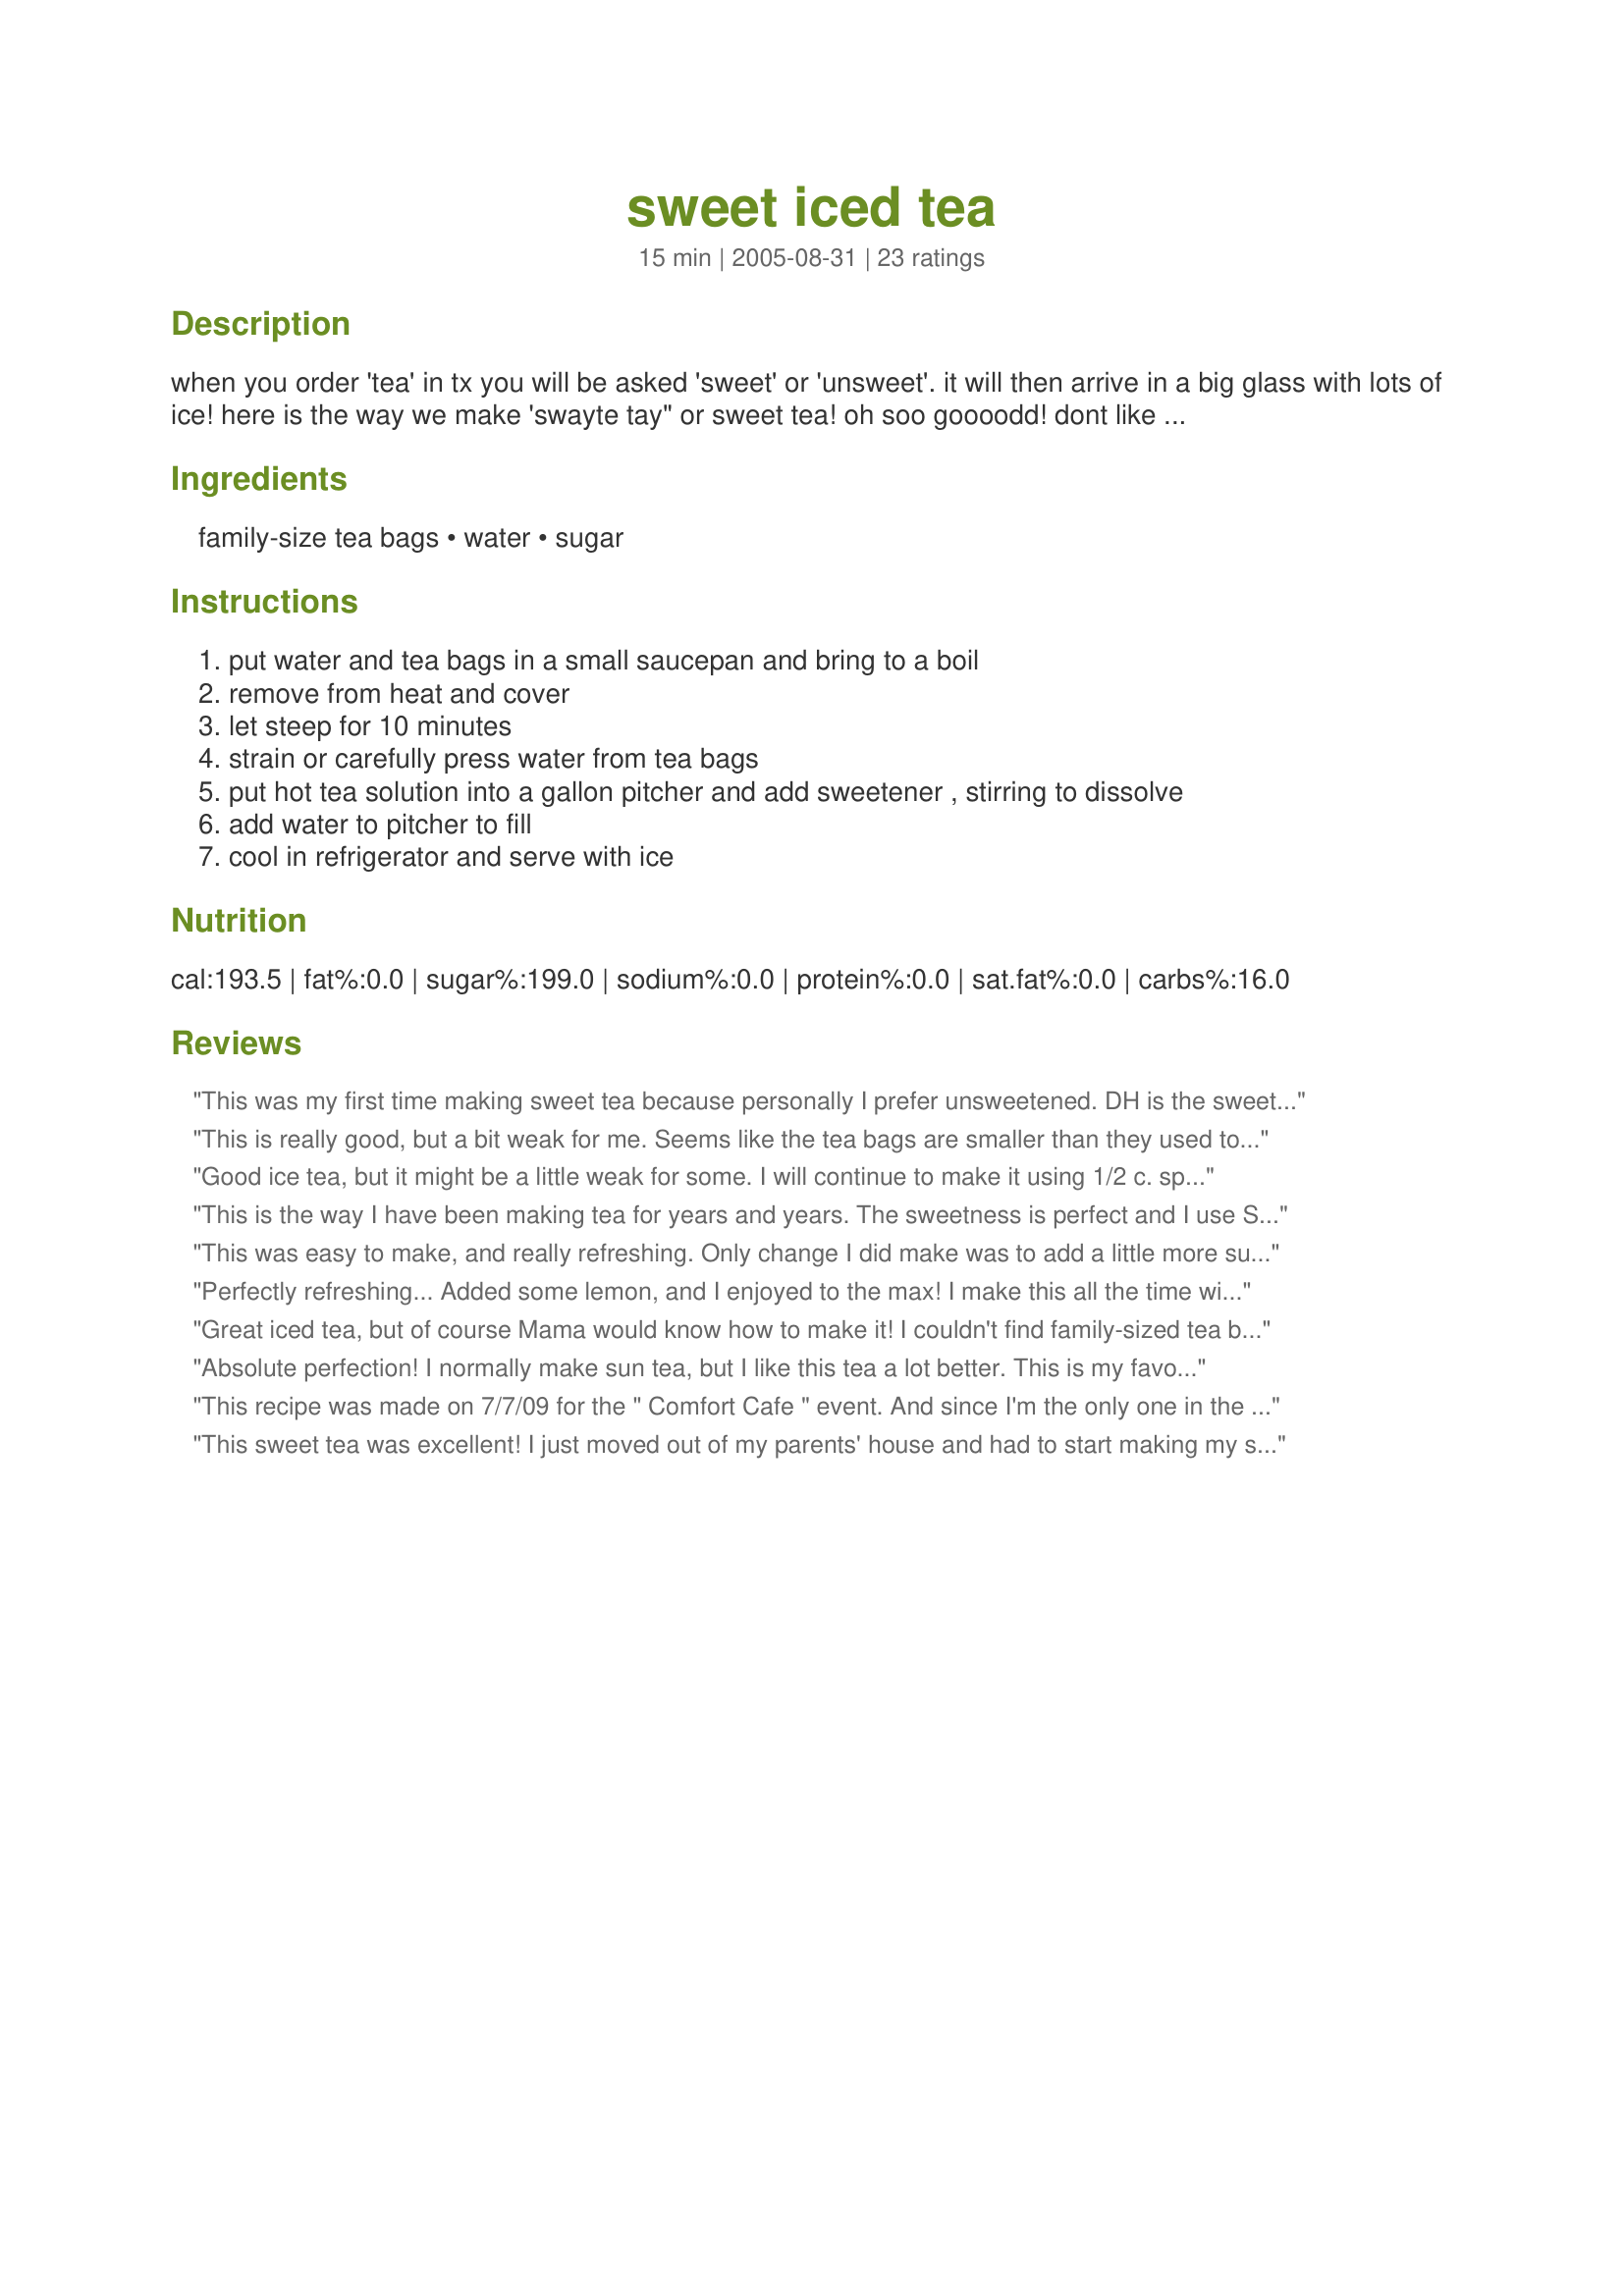
sweet iced tea
Preparation time: 15 minutes

when you order 'tea' in tx you will be asked 'sweet' or 'unsweet'. it will then arrive in a big glass with lots of ice! here is the way we make 'swayte tay" or sweet tea! oh soo goooodd! dont like it sweet- just leave out the sugar- or splenda.

Ingredients:
family-size tea bags, water, sugar

Steps:
put water and tea bags in a small saucepan and bring to a boil
remove from heat and cover
let steep for 10 minutes
strain or carefully press water from tea bags
put hot tea solution into a gallon pitcher and add sweetener , stirring to dissolve
add water to pitcher to fill
cool in refrigerator and serve with ice

Reviews:
This was my first time making sweet tea because personally I prefer unsweetened. DH is the sweet tea drinker and he thought it could have used a little more splenda.
This is really good, but a bit weak for me. Seems like the tea bags are smaller than they used to be, puzzling. At any rate, I added 2 more bags to another cup of boiling water and it was better. Will definitely use this method, just use more tea bags.
Good ice tea, but it might be a little weak for some. I will continue to make it using 1/2 c. splenda and 1/2 c. sugar for myself. Hubby's doctor said tea was a no-no for hubby as it is kidney stone causing in some people. I've definitely cut back on tea since I've learned about the kidney stones, but I love iced tea and your recipe. Thanks for sharing!
This is the way I have been making tea for years and years. The sweetness is perfect and I use Spelnda now as well. Made for ZWTIII.
This was easy to make, and really refreshing. Only change I did make was to add a little more sugar, I like a really sweet tea. Thanks for sharing :)
Perfectly refreshing... Added some lemon, and I enjoyed to the max! I make this all the time with Splenda, so my sugar stays under control...
Great iced tea, but of course Mama would know how to make it! I couldn't find family-sized tea bags in my grocery store so I used 6 regular sized Lipton tea bags and it seemed to work out fine. Perfect with a little squeeze of lemon.
Absolute perfection! I normally make sun tea, but I like this tea a lot better. This is my favorite summertime beverage and it doesn't get any better, or easier, than this. Thanks for another wonderful recipe, mama. Made for July, 2008 Bevy Tag.
This recipe was made on 7/7/09 for the " Comfort Cafe " event. And since I'm the only one in the household that drinks sweet tea, this recipe was cut in half. I used 4 regular sized tea bags, 1 cup of water, and a little bit more than 1/2 cup of sugar. Then the rest of the recipe was made as written. I'm from the South, and I've had alot of sweet tea in my life and this is some of the best tea I've ever had. Thanks for posting and, " Keep Smiling :) "
This sweet tea was excellent! I just moved out of my parents' house and had to start making my sweet tea on my own. The first few tries weren't so great...I even tried one of those tea makers. This is my favorite recipe by far...thank you for making my life a little better! :)
This reminds me of how my grandmother use to make tea in Alabama. We love it! So easy to make and taste so refreshing on a hot summer day. I used Splenda as well and a sliced lemon. Thanks for sharing (Made for Bevy Tag July 08) Cheers ~V
This is the way that I make iced tea and am known for the best sweet tea around(except for my mom). Nice strong, sweet tea. I made as directed last night and the only change I would make is to add an extra 1/4 cup of sugar. Made for ZWT 07
Let me start off by saying hello to a fellow Texas!! I love sweet tea! Drink it probably too much..ha!! I wanted to try your recipe after reading the reviews. I did make it exactly as you said and my tea turned out just a tad weak. I may decrease the water amt and then it should be just right!! Thanks Mama for taking the time to share your recipe!!
Have made this a number of times in the past few weeks (using Splenda) and it is an absolutely wonderful thirst quencher on a hot summer day. Such an easy recipe too. All I do is remember 3...2...1... for the ingredients. Doesn't get any simpler than that!! Many thanks for posting such a delicious iced tea.
I already have a great method for making tea with regular-size tea bags, but for some reason, I always have the family-size bags in the pantry. This turned out far too weak. It hardly tasted like tea at all. I will try again using this for only 1/2 gallon and see if that works better.
I think the only thing you may want to change is the name of your recipe. I would rename it more accurately, Perfect Sweet Iced Tea.:) The amounts you mention are a perfect combination that results in a refreshing, delicious Iced Tea.I used Liptom family sized tea bag. I may try it with splenda but it's so good with the cup of sugar. How lucky to find this just in time for the summer. thanks for sharing.
Excellent tea!! I have been trying to figure out how to make tea like my mom, and this is it. Of course, I'm also from Texas and this is the only way to drink tea. I used Splenda also.
Made with peach tea, yum!! This is how i make tea! I think this is soo much better than the iced tea pot way! When i married hubby he only liked sweet tea and i was used to un-sweetened, being from tx where isweet tea is not really served. So to compromise i put in 1/2 cup sugar.
I made up a pitcher of this in the afternoon and this evening it's going down oh so nicely. This is the tea I grew up on (I have Texas in my blood). I used Splenda and it just wonderful, it's the real Texas Tea. You just can't go wrong with this simple and delicious recipe.
One of the reasons I like to go to the South so much is because of it's sweet tea! I adore it. I am so glad to have found a way to make it like it tastes there. This is excellent. Just the right amount of sugar for me! Thanks for sharing!
Nothing more delicious when it's hot then delicious Iced Tea and this one lived up to its stars.... All 5 of them! I squirted in some fresh lemon and man oh man was it good!
Enjoyed using my Yogi detox tea without sugar!
Perfect proportions of tea to water! I used Raw Sugar and it came out perfect! I never seem to get iced tea right! I will keep this recipe on file!!! Thanks mama!!!
